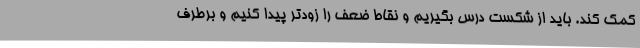
کمک کند. باید از شکست درس بگیریم و نقاط ضعف را زودتر پیدا کنیم و برطرف